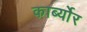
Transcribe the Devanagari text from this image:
कार्ब्योर